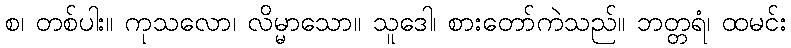
စ၊ တစ်ပါး။ ကုသလော၊ လိမ္မာသော။ သူဒေါ၊ စားတော်ကဲသည်။ ဘတ္တရံ၊ ထမင်း